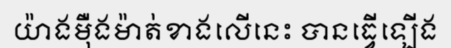
យ៉ាងម៉ឺងម៉ាត់ខាងលើនេះ បានធ្វើឡើង